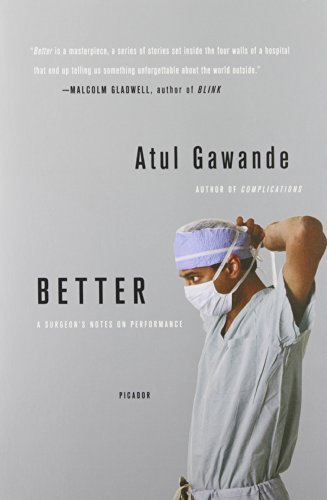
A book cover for Better: A Surgeon's Notes on Performance; Atul Gawande; Medical Books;